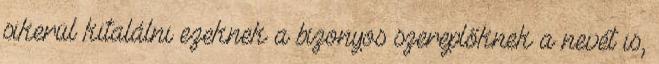
sikerül kitalálni ezeknek a bizonyos szereplőknek a nevét is,